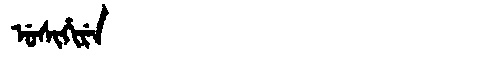
Manchu: ᡠᠰᡳᡥᡳᡵᡝ
Romanization: USIHIRE